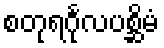
စတုရင်္ဂုလပစ္ဆိမံ